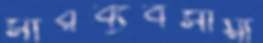
সারব্যবসায়ী